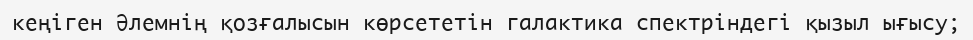
кеңіген Әлемнің қозғалысын көрсететін галактика спектріндегі қызыл ығысу;